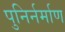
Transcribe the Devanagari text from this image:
पुनिर्नर्माण